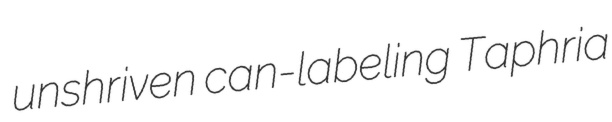
unshriven can-labeling Taphria